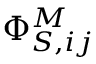
\Phi _ { S , i j } ^ { M }